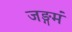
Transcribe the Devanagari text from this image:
जङ्गमं